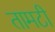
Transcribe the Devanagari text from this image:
तामटी